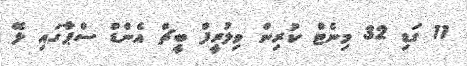
11 ގަޑި 32 މިނެޓް ކުރިން ވިލުރީފް ބީޗް އެންޑް ސްޕާގައި ލޭ